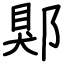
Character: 郹